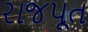
રાજપૂત